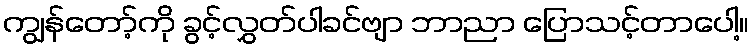
ကျွန်တော့်ကို ခွင့်လွှတ်ပါခင်ဗျာ ဘာညာ ပြောသင့်တာပေါ့။